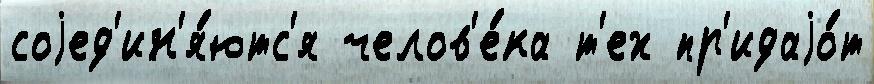
соjед'ин'я́ютс'я челов'е́ка т'ех пр'идаjо́т